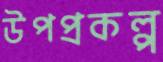
উপপ্রকল্প